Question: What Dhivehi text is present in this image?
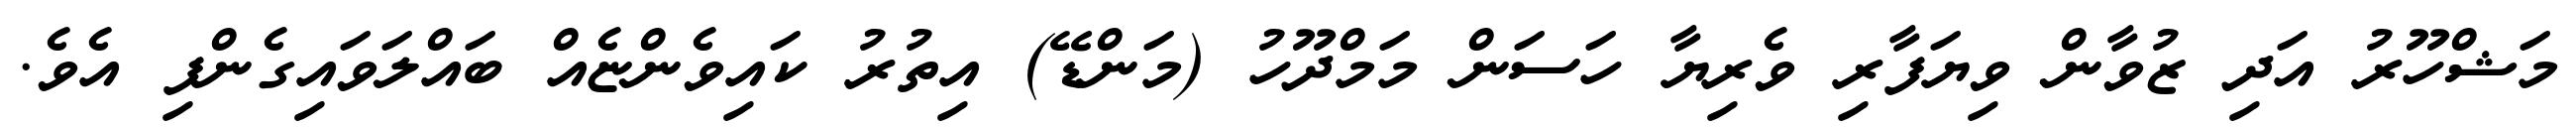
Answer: މަޝްހޫރު އަދި ޒުވާން ވިޔަފާރި ވެރިޔާ ހަސަން މަމްދޫހު (މަންޑޭ) އިތުރު ކައިވެންޏެއް ބައްލަވައިގެންފި އެވެ.